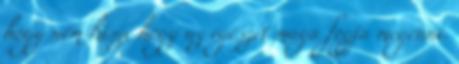
hogy nem hiszi hogy az egészet maga fogja megenni.